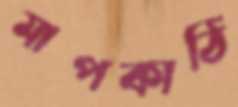
মাপকাঠি